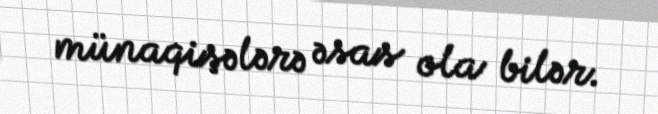
münaqişələrə əsas ola bilər.